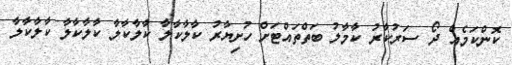
ކޮންކަމެއް ދޯ ސަރުކާރު ކާމާލު ބަތްތައްޓަށް ހުށިޔާރު ކާލާކާލާ ކާލާކާލާ ކާލާކާލާ ކާލާކާލާ